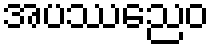
အပဿညေဝ